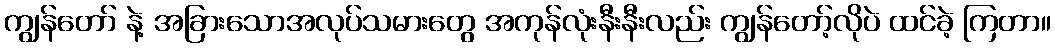
ကျွန်တော် နဲ့ အခြားသောအလုပ်သမားတွေ အကုန်လုံးနီးနီးလည်း ကျွန်တော့်လိုပဲ ထင်ခဲ့ ကြတာ။